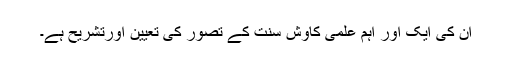
ان کی ایک اور اہم علمی کاوش سنت کے تصور کی تعیین اورتشریح ہے۔